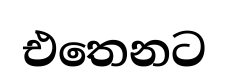
එතෙනට